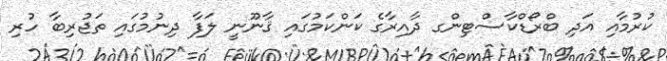
ކުރުމާއި އަދި ބްރޯޑްކާސްޓިންގ ދާއިރާގެ ކަންކަމުގައި ޤާނޫނީ ލަފާ ދިނުމުގައި ތަޖުރިބާ ހުރި